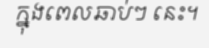
ក្នុងពេលឆាប់ៗ នេះ។